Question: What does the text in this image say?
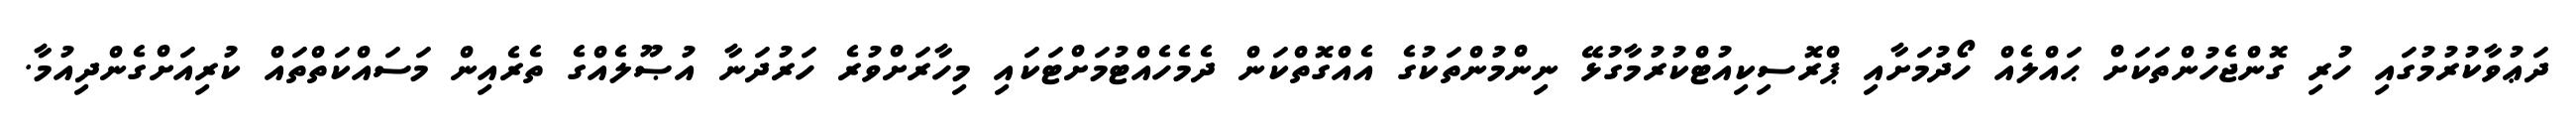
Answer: ދަޢުވާކުރުމުގައި ހުރި ގޮންޖެހުންތަކަށް ޙައްލެއް ހޯދުމަށާއި ޕްރޮސިކިއުޓްކުރުމާގުޅޭ ނިންމުންތަކުގެ އެއްގޮތްކަން ދެމެހެއްޓުމަށްޓަކައި މިހާރަށްވުރެ ހަރުދަނާ އުޞޫލެއްގެ ތެރެއިން މަސައްކަތްތައް ކުރިއަށްގެންދިއުމާ.